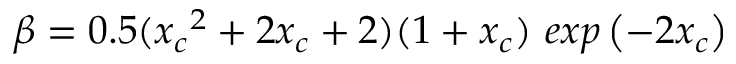
\beta = 0 . 5 ( { x _ { c } } ^ { 2 } + 2 x _ { c } + 2 ) ( 1 + x _ { c } ) ~ e x p \left( - 2 x _ { c } \right)